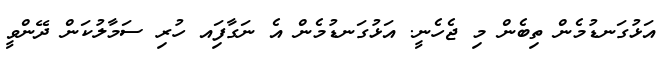
އަޅުގަނޑުމެން ތިބެން މި ޖެހެނީ. އަޅުގަނޑުމެން އެ ނަގާފަިއ ހުރި ސަމާލުކަން ދޭންވީ